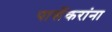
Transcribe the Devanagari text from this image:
पार्सेकरांना